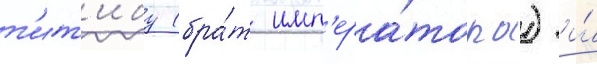
т'ит'ибу (бра́т имп'ера́тора) и́